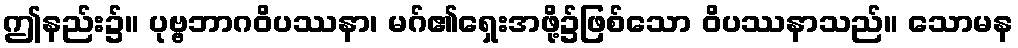
ဤနည်း၌။ ပုဗ္ဗဘာဂဝိပဿနာ၊ မဂ်၏ရှေးအဖို့၌ဖြစ်သော ဝိပဿနာသည်။ သောမန